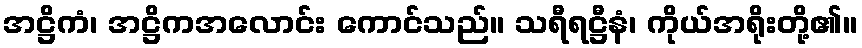
အဋ္ဌိကံ၊ အဋ္ဌိကအလောင်း ကောင်သည်။ သရီရဋ္ဌီနံ၊ ကိုယ်အရိုးတို့၏။